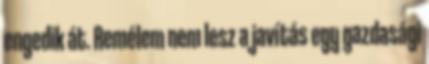
engedik át. Remélem nem lesz a javítás egy gazdasági